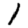
Digit: 1